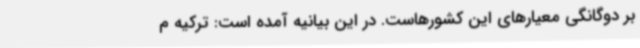
بر دوگانگی معیارهای این کشورهاست. در این بیانیه آمده است: ترکیه م